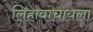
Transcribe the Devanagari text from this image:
लिहावाचायला